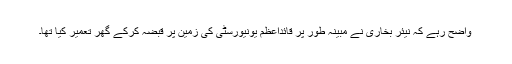
واضح رہے کہ نیئر بخاری نے مبینہ طور پر قائداعظم یونیورسٹی کی زمین پر قبضہ کرکے گھر تعمیر کیا تھا۔